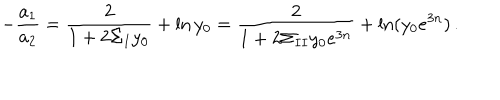
LaTeX: - { \frac { a _ { 1 } } { a _ { 2 } } } = { \frac { 2 } { 1 + 2 \Sigma _ { I } y _ { 0 } } } + \ln y _ { 0 } = { \frac { 2 } { 1 + 2 \Sigma _ { I I } y _ { 0 } e ^ { 3 n } } } + \ln ( y _ { 0 } e ^ { 3 n } ) \, .